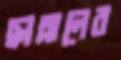
ছাল্লালের